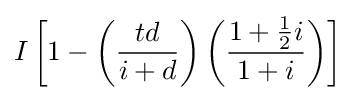
I\left[1-\left({\frac {td}{i+d}}\right)\left({\frac {1+{\frac {1}{2}}i}{1+i}}\right)\right]